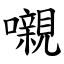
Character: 嚫